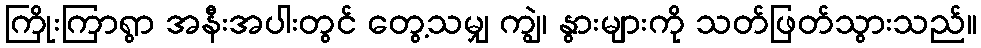
ကြိုးကြာရွာ အနီးအပါးတွင် တွေ့သမျှ ကျွဲ၊ နွားများကို သတ်ဖြတ်သွားသည်။